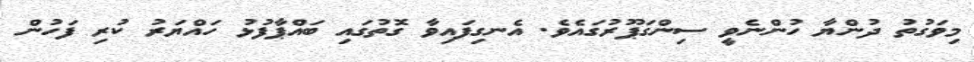
މިވަގުތު ދުންޔާ ހުންނެވީ ސިންގަޕޫރުގައެވެ. އެނގިފައިވާ ގޮތުގައި ބައްޕާފުޅު ހައްޔަރު ކުރި ފަހުން